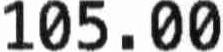
105.00